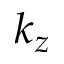
k _ { z }